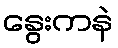
နွေးကနဲ